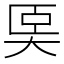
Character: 𡘡